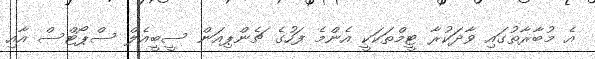
އެ މުބާރާތުގައި ވާދަކުރާ ޓީމްތަކަކީ އެންމެ ފަހުގެ ޗެންޕިއަން ސީބީއެލް ސްޕޯޓްސް އާއި